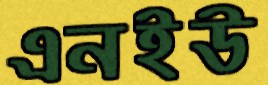
এনইউ